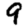
Digit: 9